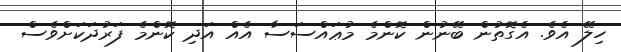
ހިލޭ އެވެ. އެގޮތުން ބޭނުން ކޮންމެ މުޢައްސަސާ އެއް އަދި ކޮންމެ ފަރުދަކަށްވެސް